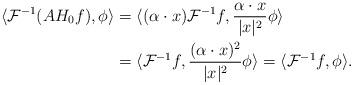
LaTeX: \begin{align*}\langle \mathcal{F}^{-1}(AH_{0}f), \phi \rangle &= \langle ( \alpha \cdot x ) \mathcal{F}^{-1}f,\frac{\alpha \cdot x}{|x|^{2}} \phi \rangle \\&= \langle \mathcal{F}^{-1}f, \frac{(\alpha \cdot x)^{2}}{|x|^{2}} \phi \rangle= \langle \mathcal{F}^{-1}f, \phi \rangle. \end{align*}